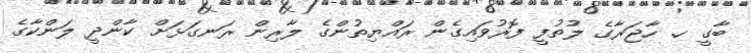
ބާގީ ހ. ހާޖަރާގެ ލުތުފީ ފޮރުވައިގެން ރައްޔިތުންގެ ލާރިން ރަނގަޅަށް ކާންދީ ލަންކާގެ